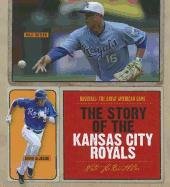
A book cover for The Story of the Kansas City Royals (Baseball: the Great American Game); Nate Leboutillier; Teen & Young Adult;